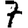
Digit: 7